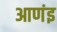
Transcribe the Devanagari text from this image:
आणंइ